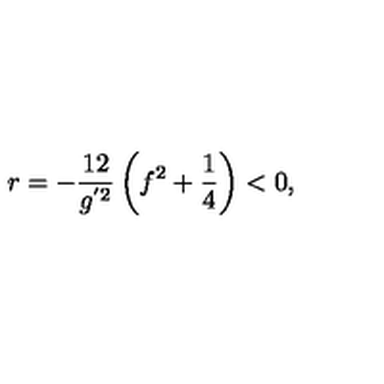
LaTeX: r = - \frac { 1 2 } { g ^ { ' 2 } } \left( f ^ { 2 } + \frac { 1 } { 4 } \right) < 0 ,